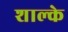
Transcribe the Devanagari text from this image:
शाल्के